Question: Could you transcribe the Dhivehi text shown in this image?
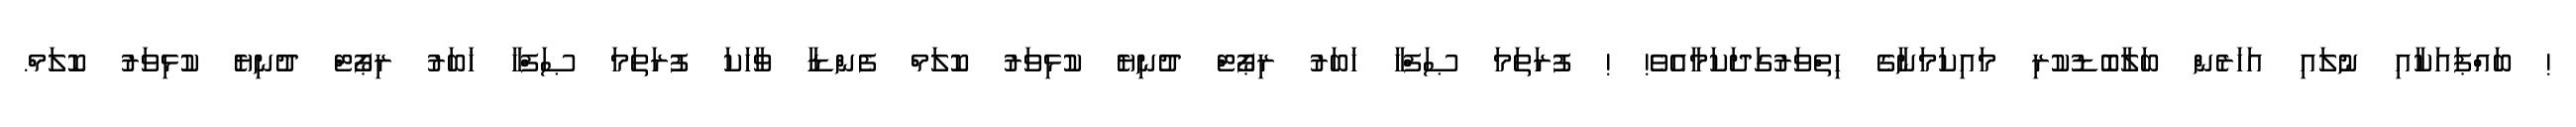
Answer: ! ބައްޕައަކާއި ނުލައި އަހަރެން ބަލާބޮޑުކުރި މައިކަމަނާގެ ހިތްވަރުގަދަކަމާއެވެ! ! ފުރަތަމަ ޞަފްހާ ޚަބަރު ރިޕޯޓް ދުނިޔެ ކުޅިވަރު ކޮލަމް ފެންޑާ ވާހަކަ ފުރަތަމަ ޞަފްހާ ޚަބަރު ރިޕޯޓް ދުނިޔެ ކުޅިވަރު ކޮލަމް.